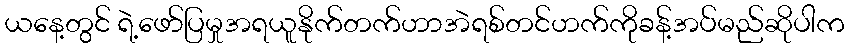
ယနေ့တွင် ရဲ့ဖော်ပြမှုအရယူနိုက်တက်ဟာအဲရစ်တင်ဟက်ကိုခန့်အပ်မည်ဆိုပါက